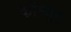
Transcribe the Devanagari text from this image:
कॉम्यून